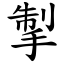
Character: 掣